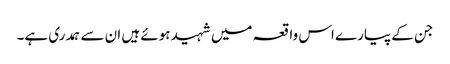
جن کے پیارے اس واقعہ میں شہید ہوئے ہیں ان سے ہمدری ہے۔